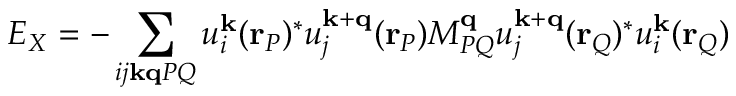
E _ { X } = - \sum _ { i j \mathbf { k } \mathbf { q } P Q } u _ { i } ^ { \mathbf { k } } ( \mathbf { r } _ { P } ) ^ { * } u _ { j } ^ { \mathbf { k } + \mathbf { q } } ( \mathbf { r } _ { P } ) M _ { P Q } ^ { \mathbf { q } } u _ { j } ^ { \mathbf { k } + \mathbf { q } } ( \mathbf { r } _ { Q } ) ^ { * } u _ { i } ^ { \mathbf { k } } ( \mathbf { r } _ { Q } )